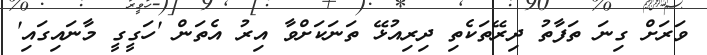
ވަރަށް ގިނަ ތަފާތު ދިރޭތަކެތި ދިރިއުޅޭ ތަނަކަށްވާ އިރު އެތަން 'ހަގީގީ މާނައިގައި'